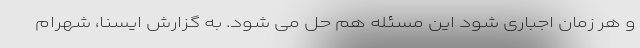
و هر زمان اجباری شود این مسئله هم حل می شود. به گزارش ایسنا، شهرام